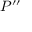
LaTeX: P ^ { \prime \prime }